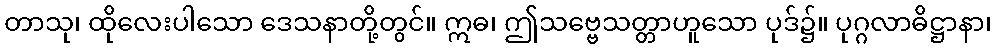
တာသု၊ ထိုလေးပါသော ဒေသနာတို့တွင်။ ဣဓ၊ ဤသဗ္ဗေသတ္တာဟူသော ပုဒ်၌။ ပုဂ္ဂလာဓိဋ္ဌာနာ၊